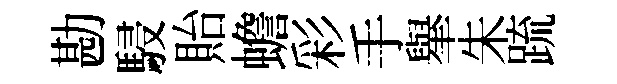
勘駸貽蟾彩手𦦙朱䟽